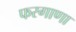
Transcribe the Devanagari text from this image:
फरगाणा